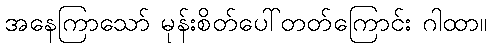
အနေကြာသော် မုန်းစိတ်ပေါ်တတ်ကြောင်း ဂါထာ။